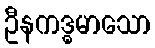
ဦနကဒ္ဓမာသော